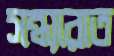
সন্ধ্যারাত